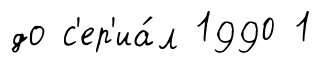
до с'ер'иа́л 1990 1